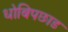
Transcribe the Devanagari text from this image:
धोबिपछाड